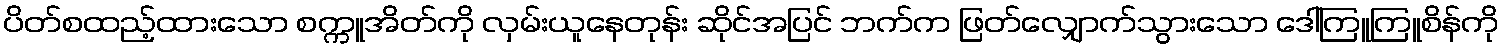
ပိတ်စထည့်ထားသော စက္ကူအိတ်ကို လှမ်းယူနေတုန်း ဆိုင်အပြင် ဘက်က ဖြတ်လျှောက်သွားသော ဒေါ်ကြူကြူစိန်ကို